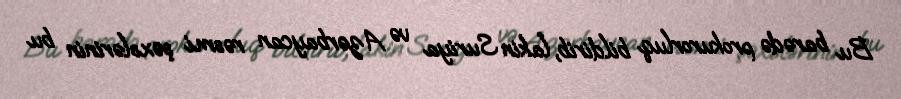
Bu barədə prokurorluq bildirib, lakin Suriya və Azərbaycan rəsmi şəxslərinin bu